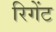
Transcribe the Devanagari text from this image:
रिगेंट